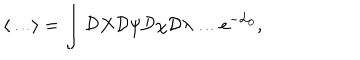
\left\langle \ldots \right\rangle = \int { \cal D } X { \cal D } \psi { \cal D } \chi { \cal D } \lambda \ldots e ^ { - { \cal L } _ { 0 } } ,